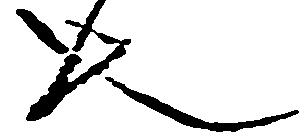
也